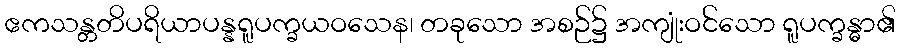
ဧကသန္တတိပရိယာပန္နရူပက္ခယဝသေန၊ တခုသော အစဉ်၌ အကျုံးဝင်သော ရူပက္ခန္ဓာ၏